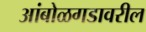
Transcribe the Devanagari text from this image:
आंबोळगडावरील